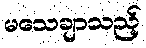
မသေချာသည့်